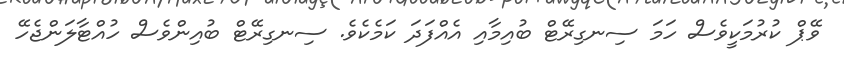
ވޭޕް ކުރުމަކީވެސް ހަމަ ސިނގިރޭޓް ބުއިމާއި އެއްފަދަ ކަމެކެވެ. ސިނގިރޭޓް ބުއިންވެސް ހުއްޓާލަންޖެހޭ